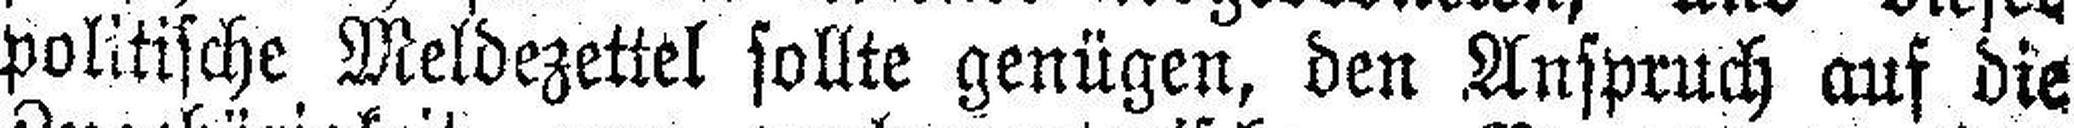
politische Meldezettel sollte genügen, den Anspruch auf die